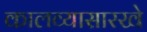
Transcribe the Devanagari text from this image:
कालव्यासारखे